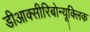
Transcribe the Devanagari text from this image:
डीआक्सीरिबोन्यूक्लिक